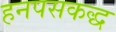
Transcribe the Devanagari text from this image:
हनपसकद्ध